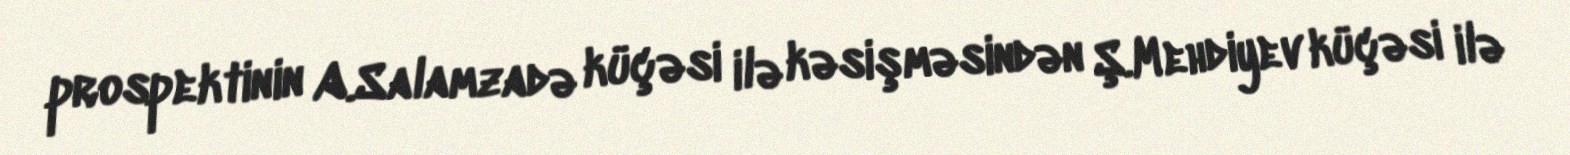
prospektinin A.Salamzadə küçəsi ilə kəsişməsindən Ş.Mehdiyev küçəsi ilə